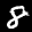
Label: 8